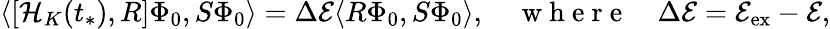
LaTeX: \langle[\mathcal{H}_{K}(t_{*}),R]\Phi_{0},S\Phi_{0}\rangle=\Delta\mathcal{E}\langle R\Phi_{0},S\Phi_{0}\rangle,\quad\mathrm{~w~h~e~r~e~}\quad\Delta\mathcal{E}=\mathcal{E}_{\mathrm{ex}}-\mathcal{E},